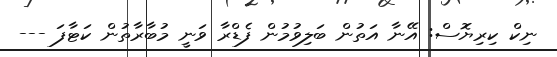
ނިކް ކިރިޔޮސް: އޭނާ އަތުން ބަލިވުމުން ފެޑްރާ ވަނީ މުބާރާތުން ކަޓާފަ ---